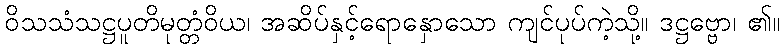
ဝိသသံသဋ္ဌပူတိမုတ္တံဝိယ၊ အဆိပ်နှင့်ရောနှောသော ကျင်ပုပ်ကဲ့သို့။ ဒဋ္ဌဗ္ဗော၊ ၏။